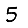
Digit: 5